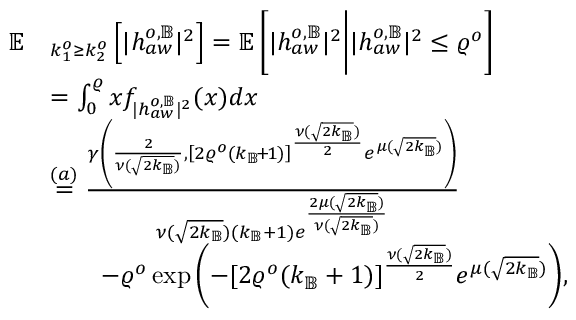
\begin{array} { r l } { \mathbb { E } } & { _ { k _ { 1 } ^ { o } \geq k _ { 2 } ^ { o } } \left[ | { h } _ { a w } ^ { o , \mathbb { B } } | ^ { 2 } \right] = \mathbb { E } \left[ | { h } _ { a w } ^ { o , \mathbb { B } } | ^ { 2 } \Bigg | | { h } _ { a w } ^ { o , \mathbb { B } } | ^ { 2 } \leq \varrho ^ { o } \right] } \\ & { = \int _ { 0 } ^ { \varrho } { x } f _ { | { h } _ { a w } ^ { o , \mathbb { B } } | ^ { 2 } } ( { x } ) d { x } } \\ & { \overset { ( a ) } { = } \frac { \gamma \left( \frac { 2 } { \nu ( \sqrt { 2 k _ { \mathbb { B } } } ) } , \left[ 2 \varrho ^ { o } ( k _ { \mathbb { B } } \! + \! 1 ) \right] ^ { \frac { \nu ( \sqrt { 2 k _ { \mathbb { B } } } ) } { 2 } } e ^ { \mu ( \sqrt { 2 k _ { \mathbb { B } } } ) } \right) } { \nu ( \sqrt { 2 k _ { \mathbb { B } } } ) ( k _ { \mathbb { B } } + 1 ) e ^ { \frac { 2 \mu ( \sqrt { 2 k _ { \mathbb { B } } } ) } { \nu ( \sqrt { 2 k _ { \mathbb { B } } } ) } } } } \\ & { \qquad - \varrho ^ { o } \exp { \left( - [ 2 \varrho ^ { o } ( k _ { \mathbb { B } } + 1 ) ] ^ { \frac { \nu ( \sqrt { 2 k _ { \mathbb { B } } } ) } { 2 } } e ^ { \mu ( \sqrt { 2 k _ { \mathbb { B } } } ) } \right) } , } \end{array}